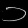
Digit: ၁